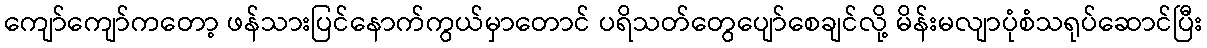
ကျော်ကျော်ကတော့ ဖန်သားပြင်နောက်ကွယ်မှာတောင် ပရိသတ်တွေပျော်စေချင်လို့ မိန်းမလျာပုံစံသရုပ်ဆောင်ပြီး